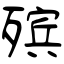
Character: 殡